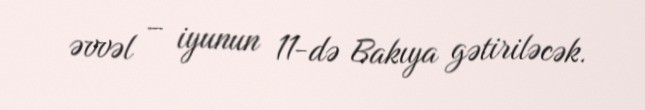
əvvəl – iyunun 11-də Bakıya gətiriləcək.